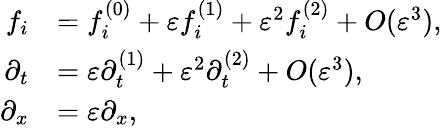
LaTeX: \begin{array}{rl}{f_{i}}&{=f_{i}^{(0)}+\varepsilon f_{i}^{(1)}+\varepsilon^{2}f_{i}^{(2)}+O(\varepsilon^{3}),}\\ {\partial_{t}}&{=\varepsilon\partial_{t}^{(1)}+\varepsilon^{2}\partial_{t}^{(2)}+O(\varepsilon^{3}),}\\ {\partial_{x}}&{=\varepsilon\partial_{x},}\end{array}